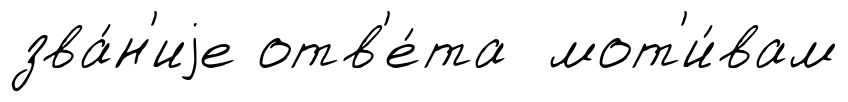
зва́н'иjе отв'е́та мот'и́вам